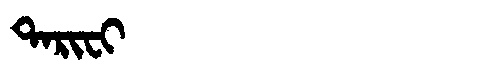
Manchu: ᡨᠠᡵᡳᠸᡳ
Romanization: TARIFI